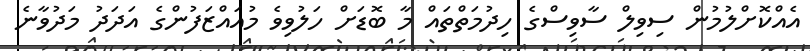
އެއްކޮށްލުމުން ސިވިލް ސާވިސްގެ ހިދުމަތްތައް މާ ބޮޑަށް ހަލުވިވެ މުއައްޒަފުންގެ އަދަދު މަދުވާނެ